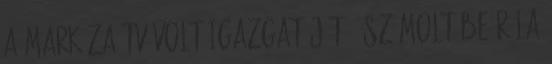
a Markíza TV volt igazgatóját - számolt be róla